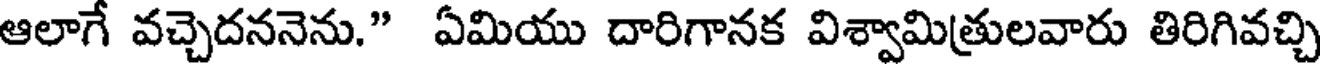
ఆలాగే వచ్చెదననెను." ఏమియు దారిగానక విశ్వామిత్రులవారు తిరిగివచ్చి